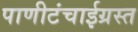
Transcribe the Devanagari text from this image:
पाणीटंचाईग्रस्त